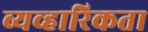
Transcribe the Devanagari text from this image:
व्यव्हारिकता